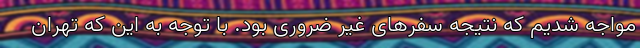
مواجه شدیم که نتیجه سفرهای غیر ضروری بود. با توجه به این که تهران